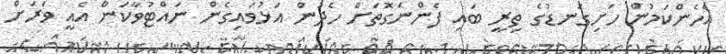
އެހެންކަމުން ހަށިގަނޑުގެ ތިރީ ބައި ފެންނަގޮތަށް ހެދުން އަޅުވައިގެން ނައްޓުވާކަން އެއީ ވަރަށް